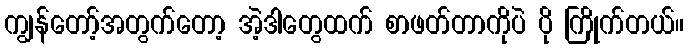
ကျွန်တော့်အတွက်တော့ အဲ့ဒါတွေထက် စာဖတ်တာကိုပဲ ပို ကြိုက်တယ်။